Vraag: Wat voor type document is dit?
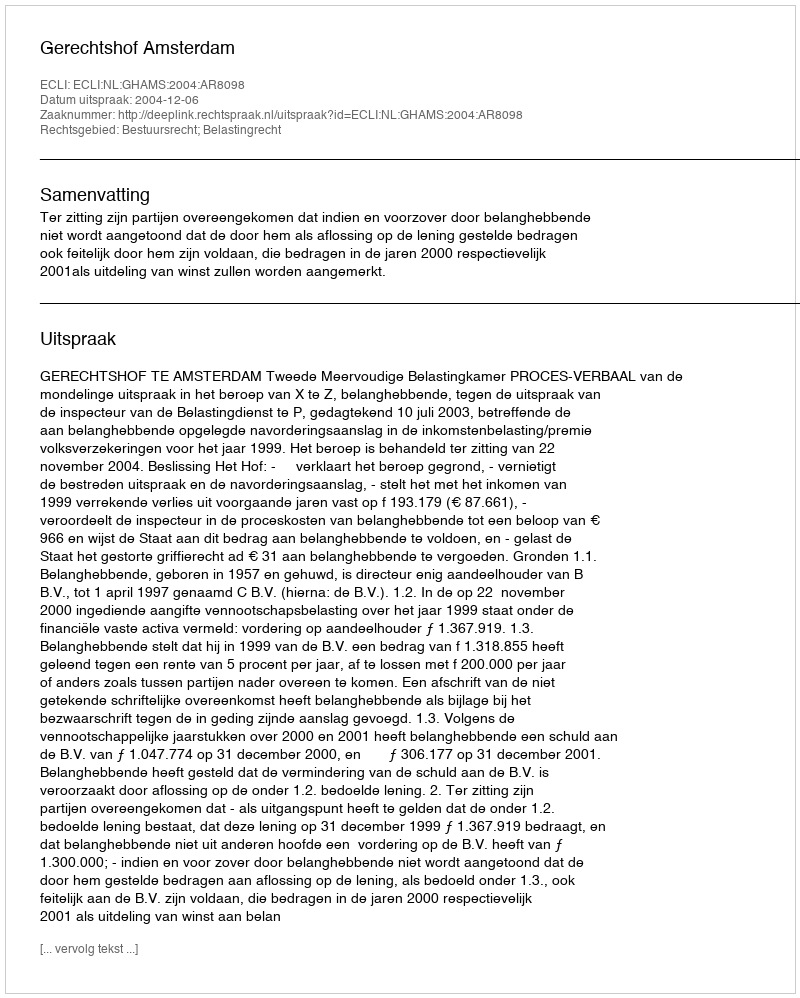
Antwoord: Uitspraak